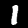
Label: 1